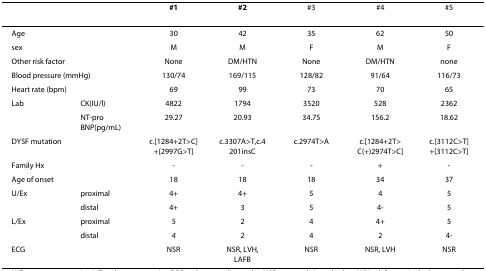
<table><thead><tr><td></td><td></td><td><b>#1</b></td><td><b>#2</b></td><td><b>#3</b></td><td><b>#4</b></td><td><b>#5</b></td></tr></thead><tbody><tr><td colspan="2">Age</td><td>30</td><td>42</td><td>35</td><td>62</td><td>50</td></tr><tr><td colspan="2">sex</td><td>M</td><td>M</td><td>F</td><td>M</td><td>F</td></tr><tr><td colspan="2">Other risk factor</td><td>None</td><td>DM/HTN</td><td>None</td><td>DM/HTN</td><td>none</td></tr><tr><td colspan="2">Blood pressure (mmHg)</td><td>130/74</td><td>169/115</td><td>128/82</td><td>91/64</td><td>116/73</td></tr><tr><td colspan="2">Heart rate (bpm)</td><td>69</td><td>99</td><td>73</td><td>70</td><td>65</td></tr><tr><td>Lab</td><td>CK(IU/l)</td><td>4822</td><td>1794</td><td>3520</td><td>528</td><td>2362</td></tr><tr><td></td><td>NT-pro BNP(pg/mL)</td><td>29.27</td><td>20.93</td><td>34.75</td><td>156.2</td><td>18.62</td></tr><tr><td colspan="2">DYSF mutation</td><td>c.[1284+2T&gt;C]+[2997G&gt;T]</td><td>c.3307A&gt;T,c.4201insC</td><td>c.2974T&gt;A</td><td>c.[1284+2T&gt;C(+)2974T&gt;C]</td><td>c.[3112C&gt;T]+[3112C&gt;T]</td></tr><tr><td colspan="2">Family Hx</td><td>-</td><td>-</td><td>-</td><td>+</td><td>-</td></tr><tr><td colspan="2">Age of onset</td><td>18</td><td>18</td><td>18</td><td>34</td><td>37</td></tr><tr><td>U/Ex</td><td>proximal</td><td>4+</td><td>4+</td><td>5</td><td>4</td><td>5</td></tr><tr><td></td><td>distal</td><td>4+</td><td>3</td><td>5</td><td>4-</td><td>5</td></tr><tr><td>L/Ex</td><td>proximal</td><td>5</td><td>2</td><td>4</td><td>4+</td><td>5</td></tr><tr><td></td><td>distal</td><td><i>4</i></td><td>2</td><td>4</td><td>2</td><td>4-</td></tr><tr><td colspan="2">ECG</td><td>NSR</td><td>NSR, LVH, LAFB</td><td>NSR</td><td>NSR, LVH</td><td>NSR</td></tr></tbody></table>